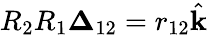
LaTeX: R_{2}R_{1}\boldsymbol{\Delta}_{12}=r_{12}\hat{\textbf{k}}